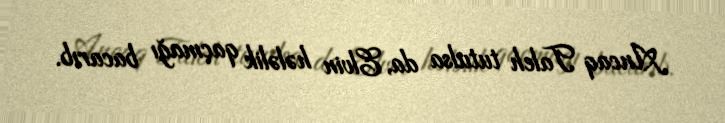
Ancaq Taleh tutulsa da, Elvin hələlik qaçmağı bacarıb.